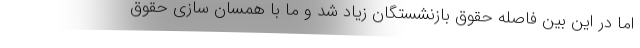
اما در این بین فاصله حقوق بازنشستگان زیاد شد و ما با همسان سازی حقوق